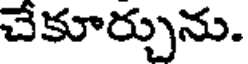
చేకూర్చును.